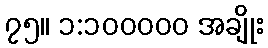
၇၅။ ၁:၁၀၀၀၀၀ အချိုး